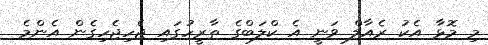
މި މޮޅާ އެކު ރެއާލް ވަނީ އެ ކްލަބްގެ ތާރީހުގައި ޖެހިޖެހިގެން އެންމެ